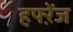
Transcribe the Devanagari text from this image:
हफ्ऱेंज